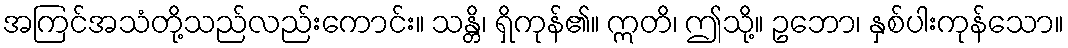
အကြင်အသံတို့သည်လည်းကောင်း။ သန္တိ၊ ရှိကုန်၏။ ဣတိ၊ ဤသို့။ ဥဘော၊ နှစ်ပါးကုန်သော။